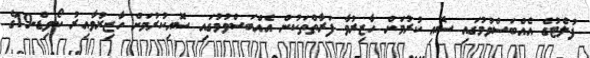
ފުލެޓުގެ އެއްބަސްވުމުގައި ސޮއި ކުރުމަށް ހާޒިރުވާ ފަރާތްތަކުން އެއްބަސްވުމުގައި ސޮއިކުރުމަށް ހާޒިރުވާއިރު ކޯވިޑް-19ގެ